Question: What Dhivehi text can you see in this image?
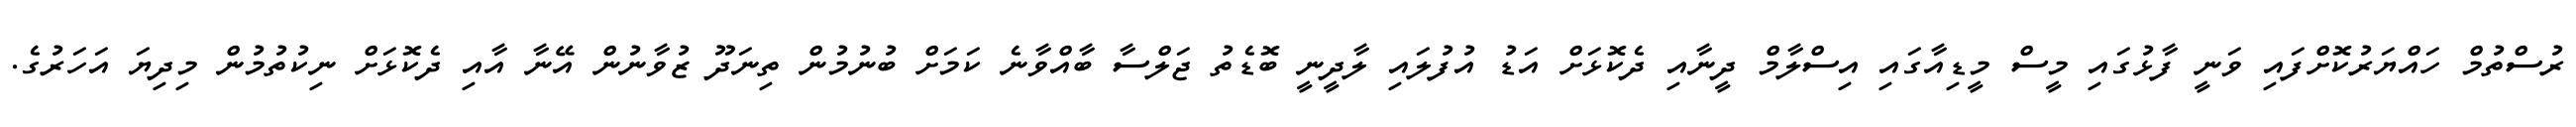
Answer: ރުސްތުމް ހައްޔަރުކޮށްފައި ވަނީ ފާޅުގައި މީސް މީޑިއާގައި އިސްލާމް ދީނާއި ދެކޮޅަށް އަޑު އުފުލައި ލާދީނީ ބޮޑެތު ޖަލްސާ ބާއްވާނެ ކަމަށް ބުނުމުން ތިނަދޫ ޒުވާނުން އޭނާ އާއި ދެކޮޅަށް ނިކުތުމުން މިދިޔަ އަހަރުގެ.